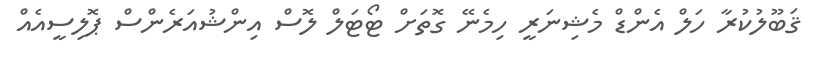
ޤަބޫލުކުރާ ހަލް އެންޑް މެޝިނަރީ ހިމެނޭ ގޮތަށް ޓޯޓަލް ލޮސް އިންޝުއަރެންސް ޕޮލިސީއެއް